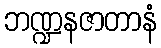
ဘဏ္ဍနဇာတာနံ